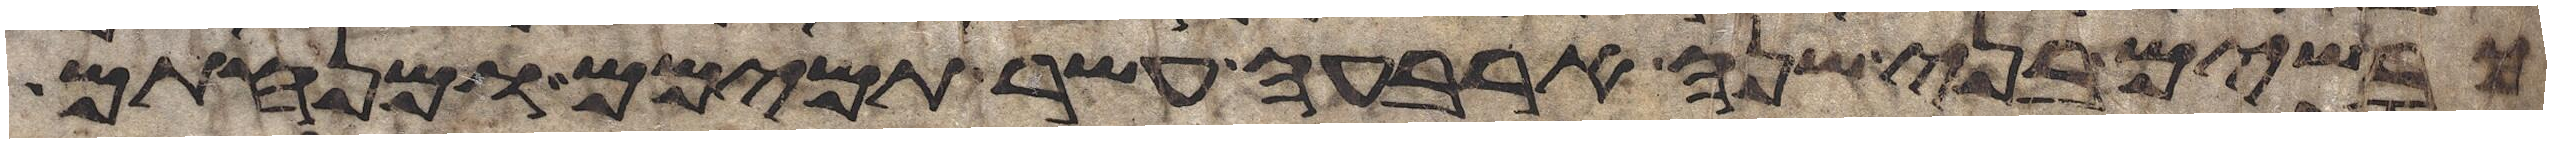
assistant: כבשים בני שנה ארבעה עשר תמימם ומנחתם